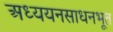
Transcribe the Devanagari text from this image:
अध्ययनसाधनभूत